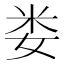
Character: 娄